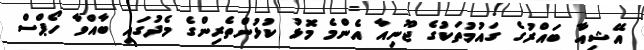
އޭޝިއާ ބައްރުގެ ގައުމުތަކުގެ ޖޫނިއާ އެންމެ މޮޅު ކުޅުންތެރިންގެ މެދުގައި ބާއްވާ ހޯޕްސް